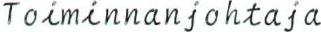
Toiminnanjohtaja